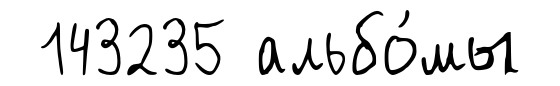
143235 альбо́мы